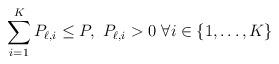
LaTeX: \begin{align*}\sum_{i=1}^K P_{\ell,i}\leq P,~P_{\ell,i}>0~\forall i\in\{1,\dots,K\}\end{align*}